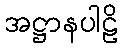
အဋ္ဌာနပါဠိ